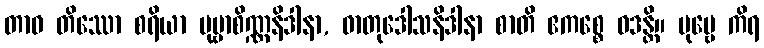
တာဝ တိဿော စရိယာ ပုဗ္ဗာစိဏ္ဏနိဒါနာ, ဓာတုဒေါသနိဒါနာ စာတိ ဧကစ္စေ ဝဒန္တိ။ ပုဗ္ဗေ ကိရ